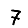
Digit: 7